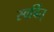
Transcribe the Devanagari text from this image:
स्वर्वित्